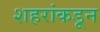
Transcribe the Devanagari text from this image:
शहरांकडून